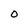
Character: O